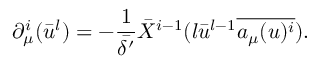
\partial _ { \mu } ^ { i } ( \bar { u } ^ { l } ) = - \frac { 1 } { \bar { \delta ^ { \prime } } } \bar { X } ^ { i - 1 } ( l \bar { u } ^ { l - 1 } \overline { { { a _ { \mu } ( u ) ^ { i } } } } ) .